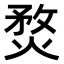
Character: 𤋄